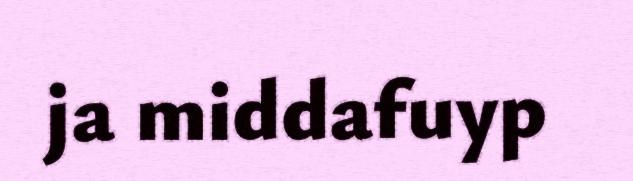
ja middafuyp